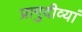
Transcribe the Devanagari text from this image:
प्रागुदीव्यां